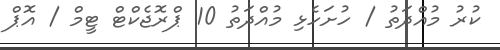
ކުރު މުއްދަތު / ހުށަހެޅި މުއްދަތު 10 ޕްރޮޖެކްޓް ޓީމް / އޮޕް